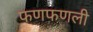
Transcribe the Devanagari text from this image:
फणफणली